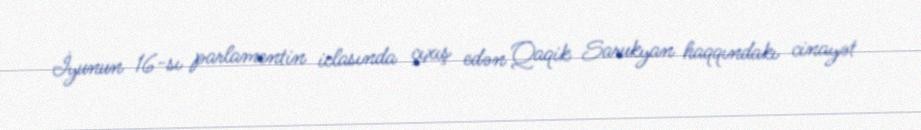
İyunun 16-sı parlamentin iclasında çıxış edən Qaqik Sarukyan haqqındakı cinayət